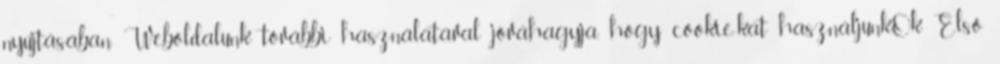
nyújtásában. Weboldalunk további használatával jóváhagyja, hogy cookie-kat használjunk.Ok Első